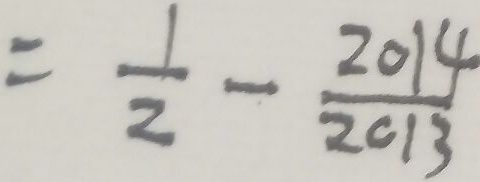
= \frac { 1 } { 2 } - \frac { 2 0 1 4 } { 2 0 1 3 }